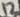
Text: 12